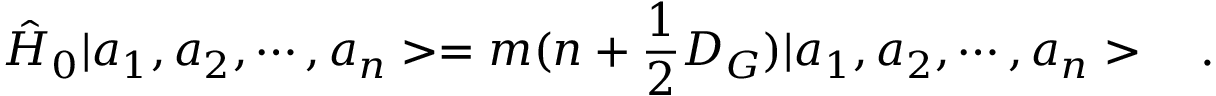
\hat { H } _ { 0 } | a _ { 1 } , a _ { 2 } , \cdots , a _ { n } > = m ( n + \frac { 1 } { 2 } D _ { G } ) | a _ { 1 } , a _ { 2 } , \cdots , a _ { n } > \ \ \ .